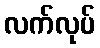
လက်လုပ်